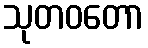
သုတဝတော